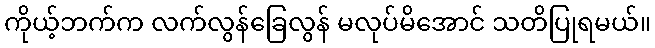
ကိုယ့်ဘက်က လက်လွန်ခြေလွန် မလုပ်မိအောင် သတိပြုရမယ်။